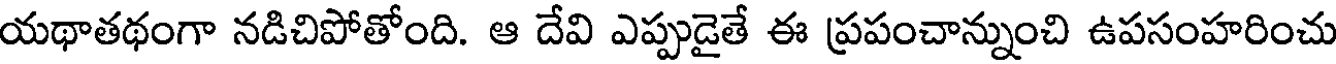
యథాతథంగా నడిచిపోతోంది. ఆ దేవి ఎప్పుడైతే ఈ ప్రపంచాన్నుంచి ఉపసంహరించు